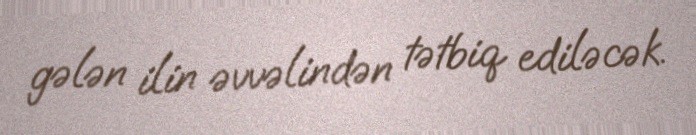
gələn ilin əvvəlindən tətbiq ediləcək.